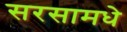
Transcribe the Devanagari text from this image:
सरसामधे